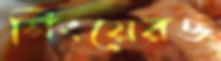
সিংয়েরও